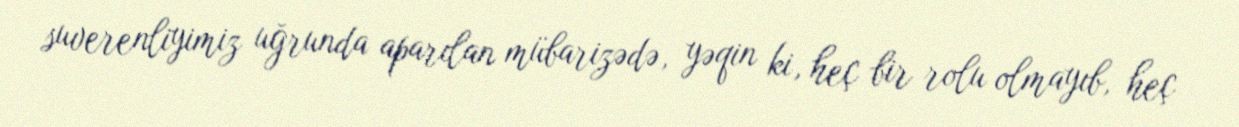
suverenliyimiz uğrunda aparılan mübarizədə, yəqin ki, heç bir rolu olmayıb, heç